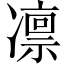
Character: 凛